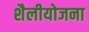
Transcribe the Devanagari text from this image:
शैलीयोजना